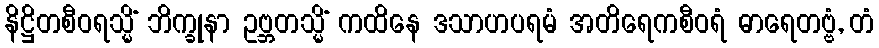
နိဋ္ဌိတစီဝရသ္မိံ ဘိက္ခုနာ ဥဗ္ဘတသ္မိံ ကထိနေ ဒသာဟပရမံ အတိရေကစီဝရံ ဓာရေတဗ္ဗံ, တံ